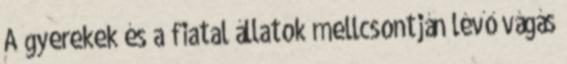
A gyerekek és a fiatal állatok mellcsontján lévő vágás